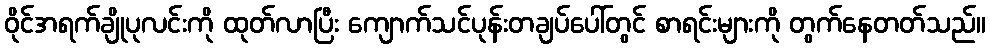
ဝိုင်အရက်ချိုပုလင်းကို ထုတ်လာပြီး ကျောက်သင်ပုန်းတချပ်ပေါ်တွင် စာရင်းများကို တွက်နေတတ်သည်။